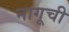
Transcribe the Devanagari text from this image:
नागूची